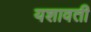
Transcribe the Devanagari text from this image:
यशावती